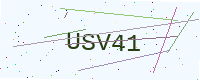
Text: USV41